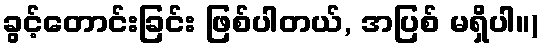
ခွင့်တောင်းခြင်း ဖြစ်ပါတယ်, အပြစ် မရှိပါ။)